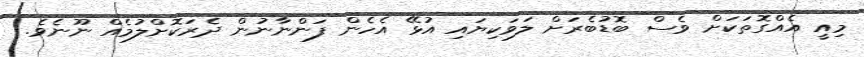
މިއީ އެއްގޮތަކަށް ވެސް ބޮޑުބެރަށް ލަވަކިޔައި އުޅޭ އެހެން ފަންނާނުން ދެރަކޮށްލުމެއް ނޫނެވެ.